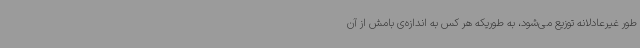
طور غیرعادلانه توزیع می‌شود، به طوریکه هر کس به اندازه‌ی بامش از آن